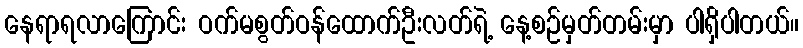
နေရာရလာကြောင်း ဝက်မစွတ်ဝန်ထောက်ဦးလတ်ရဲ့ နေ့စဉ်မှတ်တမ်းမှာ ပါရှိပါတယ်။